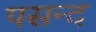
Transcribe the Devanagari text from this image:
पसन्‍द